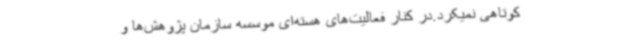
کوتاهی نمیکرد.در کنار فعالیت‌های هسته‌ای موسسه سازمان پژوهش‌ها و